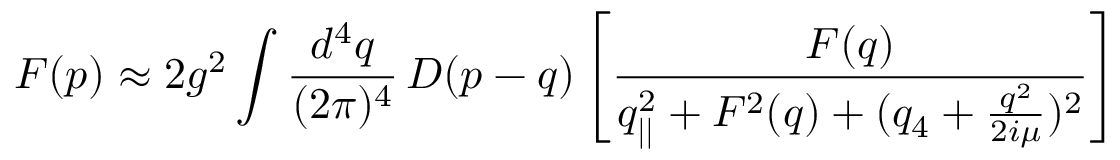
F ( p ) \approx 2 g ^ { 2 } \int \frac { d ^ { 4 } q } { ( 2 \pi ) ^ { 4 } } \, { \cal D } ( p - q ) \left[ \frac { F ( q ) } { q _ { | | } ^ { 2 } + F ^ { 2 } ( q ) + ( q _ { 4 } + \frac { q ^ { 2 } } { 2 i \mu } ) ^ { 2 } } \right]